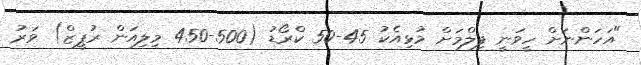
"އަހަންނަށް ހީވަނީ ފިލްމަށް މުޅިއެކު 45-50 ކްރޯޑު (500-450 މިލިއަން ރުޕީޒް) ވަރު